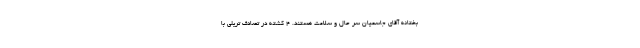
بختانه آقای جاسمیان سر حال و سلامت هستند. 4 کشته در تصادف تریلی با